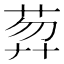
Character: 𦲇